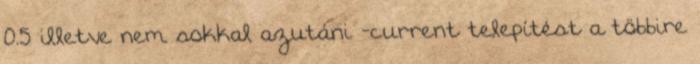
0.5 illetve nem sokkal azutáni -current telepítést a többire